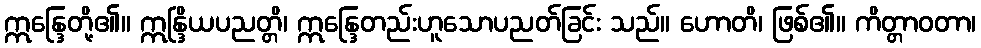
ဣန္ဒြေတို့၏။ ဣန္ဒြိယပညတ္တိ၊ ဣန္ဒြေတည်းဟူသောပညတ်ခြင်း သည်။ ဟောတိ၊ ဖြစ်၏။ ကိတ္တာဝတာ၊